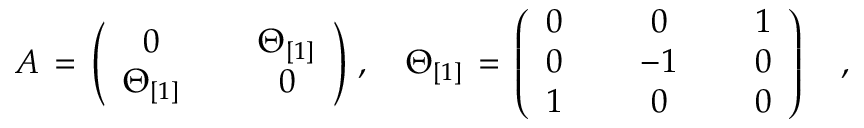
A \, = \, \left( \begin{array} { c c c } { { 0 } } & { { { \, \, } } } & { { \Theta _ { [ 1 ] } } } \\ { { \Theta _ { [ 1 ] } } } & { { { \, \, } } } & { { 0 } } \end{array} \right) \, , \quad \Theta _ { [ 1 ] } \, = \, \left( \begin{array} { c c c c c } { { 0 } } & { { { \, \, } } } & { { 0 } } & { { { \, \, } } } & { { 1 } } \\ { { 0 } } & { { { \, \, } } } & { { - 1 } } & { { { \, \, } } } & { { 0 } } \\ { { 1 } } & { { { \, \, } } } & { { 0 } } & { { { \, \, } } } & { { 0 } } \end{array} \right) \quad ,